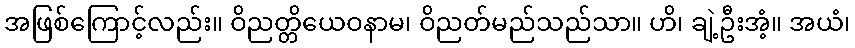
အဖြစ်ကြောင့်လည်း။ ဝိညတ္တိယေဝနာမ၊ ဝိညတ်မည်သည်သာ။ ဟိ၊ ချဲ့ဦးအံ့။ အယံ၊